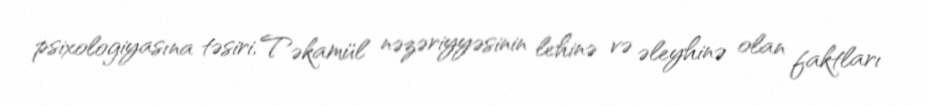
psixologiyasına təsiri, Təkamül nəzəriyyəsinin lehinə və əleyhinə olan faktları